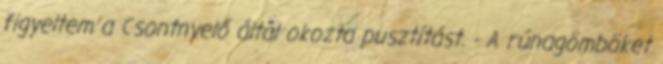
figyeltem a Csontnyelő által okozta pusztítást. - A rúnagömböket